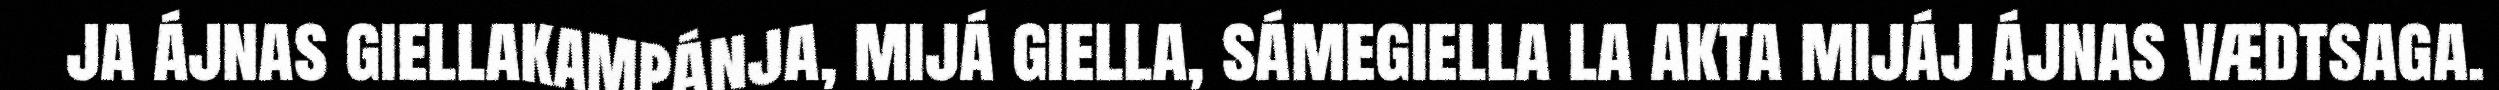
ja ájnas giellakampánja, mijá giella, sámegiella la akta mijáj ájnas vædtsaga.